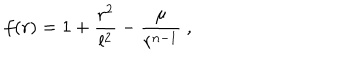
LaTeX: f ( r ) = 1 + \frac { r ^ { 2 } } { l ^ { 2 } } - \frac { \mu } { r ^ { n - 1 } } ~ ,